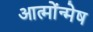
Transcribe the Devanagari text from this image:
आत्मोंन्मेष